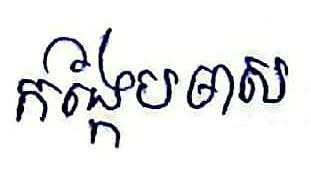
កង្កែបមាស